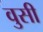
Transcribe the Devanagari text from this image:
वुसी